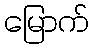
မြောက်